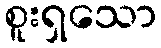
စူးရှသော